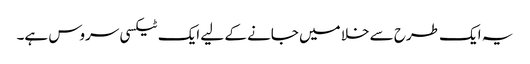
یہ ایک طرح سے خلا میں جانے کے لیے ایک ٹیکسی سروس ہے۔